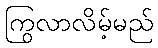
ကြွလာလိမ့်မည်